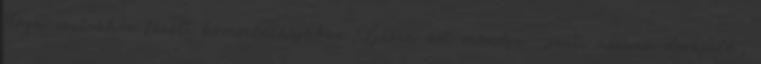
Jóga-szútrához fűzött kommentárjában Vjásza azt mondja: „szati ászana dzsájaté”,